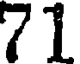
71